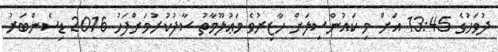
ދުވަހުގެ 13:45 އަށް މި ކައުންސިލަށް ހާޒިރުވެ މަޢުލޫމާތު ސާފުކުރުމަށްފަހު 2016 ޑިސެންބަރު